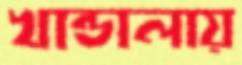
খান্ডালায়